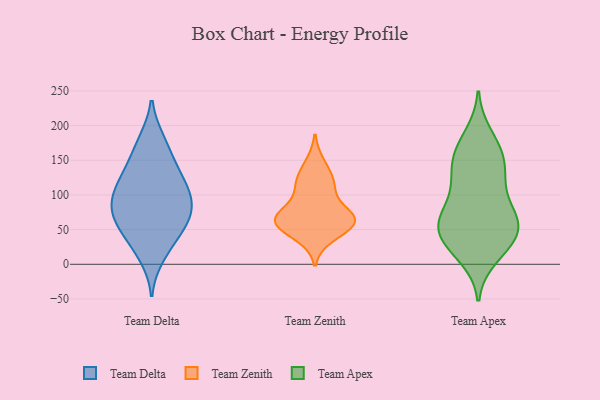
{"axis": {"x": "Shipments", "y": "Value"}, "legend": ["Team Apex", "Team Delta", "Team Zenith"], "data": [{"x": "", "y": 84, "type": "Team Delta"}, {"x": "", "y": 103, "type": "Team Delta"}, {"x": "", "y": 150, "type": "Team Delta"}, {"x": "", "y": 97, "type": "Team Delta"}, {"x": "", "y": 180, "type": "Team Delta"}, {"x": "", "y": 61, "type": "Team Delta"}, {"x": "", "y": 128, "type": "Team Delta"}, {"x": "", "y": 106, "type": "Team Delta"}, {"x": "", "y": 89, "type": "Team Delta"}, {"x": "", "y": 102, "type": "Team Delta"}, {"x": "", "y": 72, "type": "Team Delta"}, {"x": "", "y": 42, "type": "Team Delta"}, {"x": "", "y": 130, "type": "Team Delta"}, {"x": "", "y": 142, "type": "Team Delta"}, {"x": "", "y": 67, "type": "Team Delta"}, {"x": "", "y": 179, "type": "Team Delta"}, {"x": "", "y": 10, "type": "Team Delta"}, {"x": "", "y": 58, "type": "Team Delta"}, {"x": "", "y": 21, "type": "Team Delta"}, {"x": "", "y": 50, "type": "Team Delta"}, {"x": "", "y": 107, "type": "Team Zenith"}, {"x": "", "y": 72, "type": "Team Zenith"}, {"x": "", "y": 53, "type": "Team Zenith"}, {"x": "", "y": 115, "type": "Team Zenith"}, {"x": "", "y": 63, "type": "Team Zenith"}, {"x": "", "y": 66, "type": "Team Zenith"}, {"x": "", "y": 66, "type": "Team Zenith"}, {"x": "", "y": 122, "type": "Team Zenith"}, {"x": "", "y": 145, "type": "Team Zenith"}, {"x": "", "y": 40, "type": "Team Zenith"}, {"x": "", "y": 60, "type": "Team Zenith"}, {"x": "", "y": 67, "type": "Team Zenith"}, {"x": "", "y": 160, "type": "Team Apex"}, {"x": "", "y": 155, "type": "Team Apex"}, {"x": "", "y": 23, "type": "Team Apex"}, {"x": "", "y": 26, "type": "Team Apex"}, {"x": "", "y": 48, "type": "Team Apex"}, {"x": "", "y": 77, "type": "Team Apex"}, {"x": "", "y": 131, "type": "Team Apex"}, {"x": "", "y": 118, "type": "Team Apex"}, {"x": "", "y": 186, "type": "Team Apex"}, {"x": "", "y": 53, "type": "Team Apex"}, {"x": "", "y": 66, "type": "Team Apex"}, {"x": "", "y": 141, "type": "Team Apex"}, {"x": "", "y": 72, "type": "Team Apex"}, {"x": "", "y": 77, "type": "Team Apex"}, {"x": "", "y": 11, "type": "Team Apex"}, {"x": "", "y": 58, "type": "Team Apex"}, {"x": "", "y": 44, "type": "Team Apex"}, {"x": "", "y": 171, "type": "Team Apex"}, {"x": "", "y": 37, "type": "Team Apex"}, {"x": "", "y": 118, "type": "Team Apex"}]}